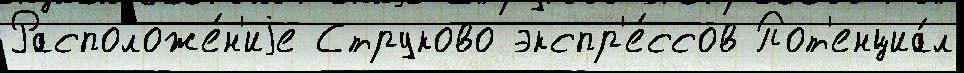
Расположе́н'иjе Струково экспр'е́ссов Пот'енциа́л